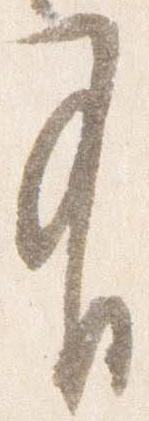
有